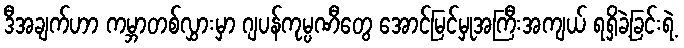
ဒီအချက်ဟာ ကမ္ဘာတစ်လွှားမှာ ဂျပန်ကုမ္ပဏီတွေ အောင်မြင်မှုအကြီးအကျယ် ရရှိခဲ့ခြင်းရဲ့